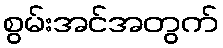
စွမ်းအင်အတွက်